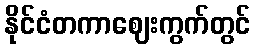
နိုင်ငံတကာဈေးကွက်တွင်